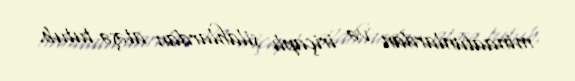
minaatanlardan və iriçaplı silahlardan atəşə tutub.